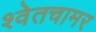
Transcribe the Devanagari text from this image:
श्वेतचामर